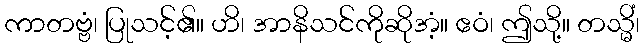
ကာတဗ္ဗံ၊ ပြုသင့်၏။ ဟိ၊ အာနိသင်ကိုဆိုအံ့။ ဧဝံ၊ ဤသို့။ တသ္မိံ၊